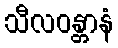
သီလဝန္တာနံ